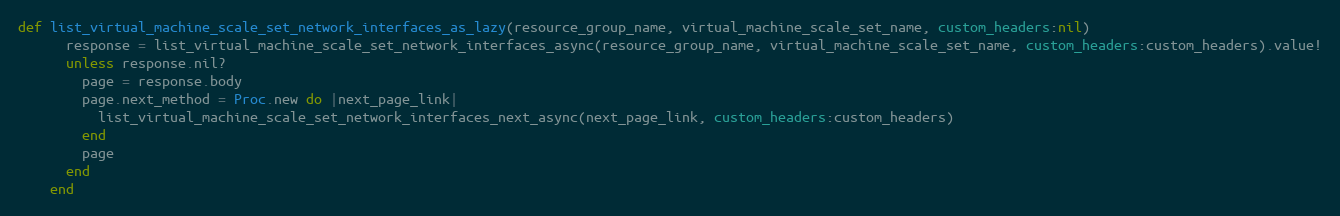
Language: Ruby
def list_virtual_machine_scale_set_network_interfaces_as_lazy(resource_group_name, virtual_machine_scale_set_name, custom_headers:nil)
      response = list_virtual_machine_scale_set_network_interfaces_async(resource_group_name, virtual_machine_scale_set_name, custom_headers:custom_headers).value!
      unless response.nil?
        page = response.body
        page.next_method = Proc.new do |next_page_link|
          list_virtual_machine_scale_set_network_interfaces_next_async(next_page_link, custom_headers:custom_headers)
        end
        page
      end
    end